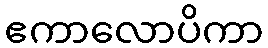
ဧကာလောပိကာ